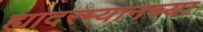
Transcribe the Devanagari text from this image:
ह्यादरम्यानच्या